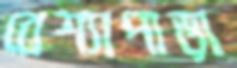
বেশ্যাপাড়া